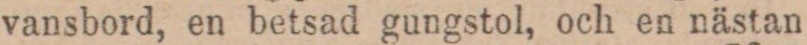
vansbord, en betsad gungstol, och en nästan